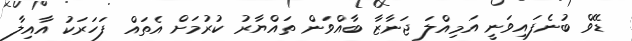
ޑޭވް ބުނެފައިވަނީ އަމިއްލަ ޖަނާޒާ ބާއްވަން ތައްޔާރު ކުރުމަށް އެތައް ފަހަރަކު އާއިލާ